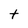
Character: t